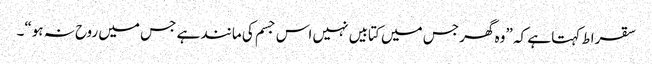
سقراط کہتا ہے کہ ”وہ گھر جس میں کتابیں نہیں اس جسم کی مانند ہے جس میں روح نہ ہو“۔